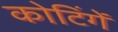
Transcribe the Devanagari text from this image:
कोटिंगें